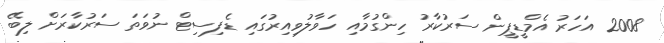
2008 އަހަރު އެމްޑީޕީން ސަރުކާރު ހިންގުމާއި ހަވާލުވިއިރުގައި ޑެފިސިޓް ނުވަތަ ސަރުކާރަށް ލިބޭ